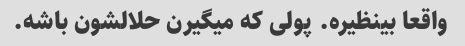
واقعا بینظیره. پولی که میگیرن حلالشون باشه.